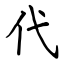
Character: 代